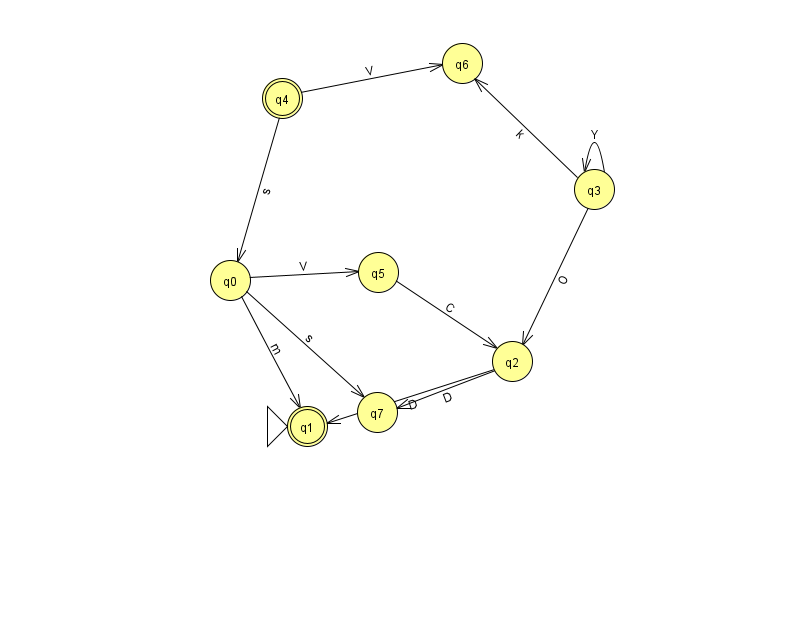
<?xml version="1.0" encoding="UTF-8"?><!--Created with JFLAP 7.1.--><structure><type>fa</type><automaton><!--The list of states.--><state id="0" name="q0"><x>230.0</x><y>267.0</y></state><state id="1" name="q1"><x>307.0</x><y>413.0</y><initial/><final/></state><state id="2" name="q2"><x>512.0</x><y>348.0</y></state><state id="3" name="q3"><x>594.0</x><y>176.0</y></state><state id="4" name="q4"><x>282.0</x><y>85.0</y><final/></state><state id="5" name="q5"><x>378.0</x><y>259.0</y></state><state id="6" name="q6"><x>462.0</x><y>50.0</y></state><state id="7" name="q7"><x>377.0</x><y>399.0</y></state><!--The list of transitions.--><transition><from>2</from><to>7</to><read>D</read></transition><transition><from>3</from><to>2</to><read>O</read></transition><transition><from>0</from><to>5</to><read>V</read></transition><transition><from>0</from><to>7</to><read>s</read></transition><transition><from>3</from><to>3</to><read>Y</read></transition><transition><from>0</from><to>1</to><read>m</read></transition><transition><from>3</from><to>6</to><read>k</read></transition><transition><from>4</from><to>6</to><read>V</read></transition><transition><from>4</from><to>0</to><read>s</read></transition><transition><from>2</from><to>1</to><read>D</read></transition><transition><from>5</from><to>2</to><read>C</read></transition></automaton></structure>